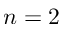
n = 2